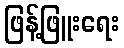
ဖြန့်ဖြူးရေး